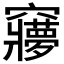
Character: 𮄥